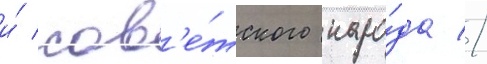
и́ сов'е́тского наро́да //